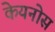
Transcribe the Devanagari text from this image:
केयनोस